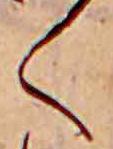
く